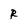
Character: R